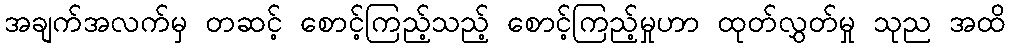
အချက်အလက်မှ တဆင့် စောင့်ကြည့်သည့် စောင့်ကြည့်မှုဟာ ထုတ်လွှတ်မှု သုည အထိ